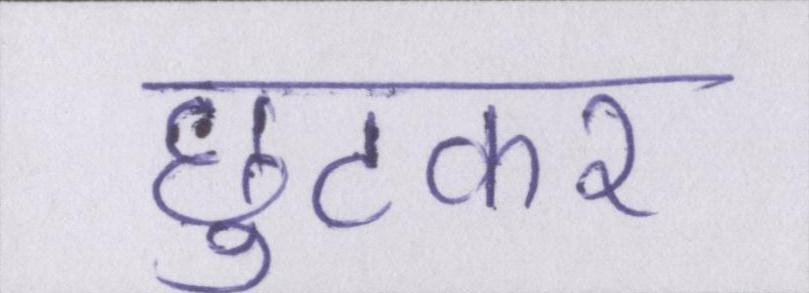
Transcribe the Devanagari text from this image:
छुटकर